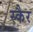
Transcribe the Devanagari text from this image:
स्कैर